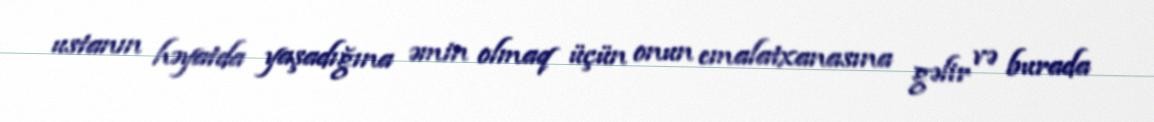
ustanın həyatda yaşadığına əmin olmaq üçün onun emalatxanasına gəlir və burada